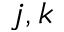
j , k